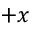
+ x